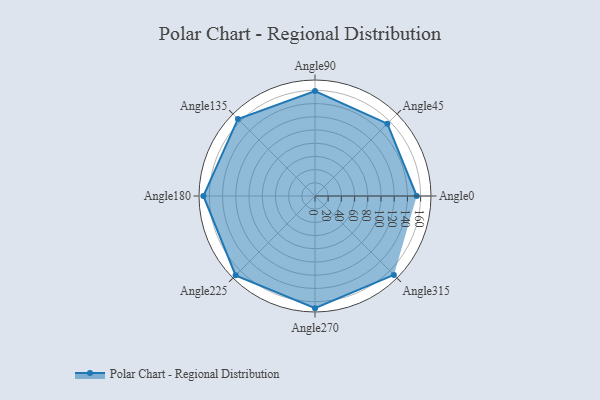
{"axis": {"x": "Angle", "y": "Radius"}, "legend": [""], "data": [{"x": "Angle0", "y": 154.0, "type": ""}, {"x": "Angle45", "y": 155.0, "type": ""}, {"x": "Angle90", "y": 159.0, "type": ""}, {"x": "Angle135", "y": 165.0, "type": ""}, {"x": "Angle180", "y": 169.0, "type": ""}, {"x": "Angle225", "y": 170, "type": ""}, {"x": "Angle270", "y": 170, "type": ""}, {"x": "Angle315", "y": 169.0, "type": ""}]}